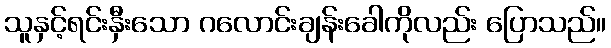
သူနှင့်ရင်းနှီးသော ဂလောင်းချန်းခေါကိုလည်း ပြောသည်။